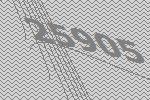
25905